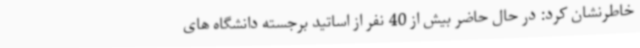
خاطرنشان کرد: در حال حاضر بیش از 40 نفر از اساتید برجسته دانشگاه های